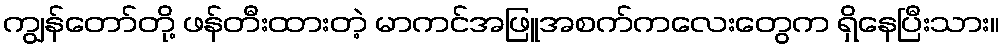
ကျွန်တော်တို့ ဖန်တီးထားတဲ့ မာကင်အဖြူအစက်ကလေးတွေက ရှိနေပြီးသား။